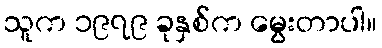
သူက ၁၉၇၉ ခုနှစ်က မွေးတာပါ။